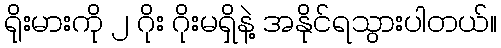
ရိုးမားကို ၂ ဂိုး ဂိုးမရှိနဲ့ အနိုင်ရသွားပါတယ်။